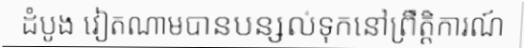
ដំបូង វៀតណាមបានបន្សល់ទុកនៅព្រឹត្តិការណ៍